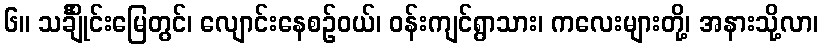
၆။ သင်္ချိုင်းမြေတွင်၊ လျောင်းနေစဉ်ဝယ်၊ ဝန်းကျင်ရွာသား၊ ကလေးများတို့၊ အနားသို့လာ၊